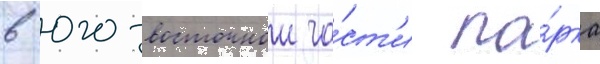
в юго-восточнои ча́ст'и па́рка